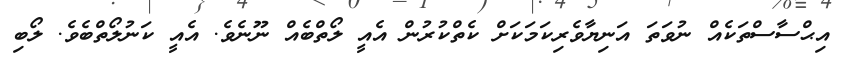
އިޙްސާސްތަކެއް ނުވަތަ އަނިޔާވެރިކަމަކަށް ކެތްކުރުން އެއީ ލޯތްބެއް ނޫނެވެ. އެއީ ކަނުލޯތްބެވެ. ލޯބި